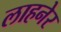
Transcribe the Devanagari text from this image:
लाहनेर